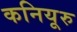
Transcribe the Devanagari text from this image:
कनियूरु